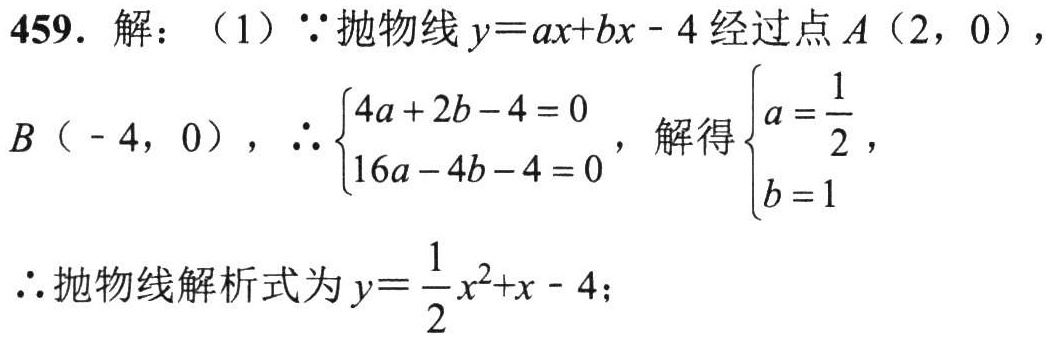
459. 解：（1）\(\because\)抛物线\(y = ax^{2}+bx - 4\)经过点\(A(2,0)\)，\(B(-4,0)\)，\(\therefore\begin{cases}4a + 2b - 4 = 0\\16a - 4b - 4 = 0\end{cases}\)，解得\(\begin{cases}a=\dfrac{1}{2}\\b = 1\end{cases}\)
\(\therefore\)抛物线解析式为\(y=\dfrac{1}{2}x^{2}+x - 4\)；